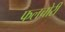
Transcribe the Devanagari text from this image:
फलचोरी